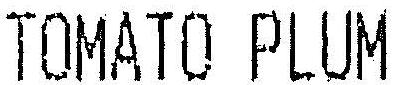
TOMATO PLUM